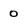
Character: 0